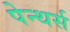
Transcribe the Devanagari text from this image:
पेन्थर्स